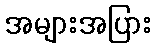
အများအပြား